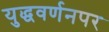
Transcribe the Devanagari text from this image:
युद्धवर्णनपर